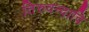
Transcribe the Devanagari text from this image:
तिरुवन्दादि